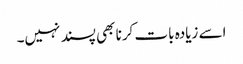
اسے زیادہ بات کرنا بھی پسند نہیں۔